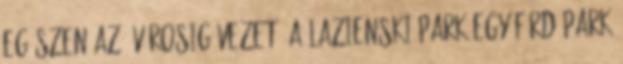
egészen az Óvárosig vezet. A Lazienski Park egy fürdőpark